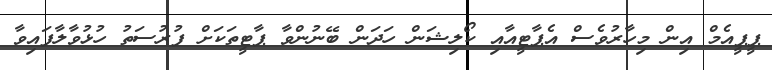
ޕީޕީއެމް އިން މިހާރުވެސް އެޕާޓީއާއި ކޯލިޝަން ހަދަން ބޭނުންވާ ޕާޓީތަކަށް ފުރުސަތު ހުޅުވާލާފައިވާ